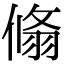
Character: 翛